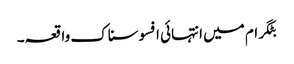
بٹگرام میں انتہائی افسوسناک واقعہ۔